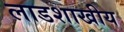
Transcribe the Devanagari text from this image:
लाडशाखीय